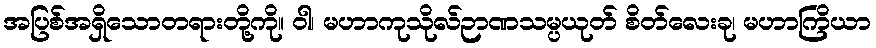
အပြစ်အရှိသောတရားတို့ကို။ ဝါ၊ မဟာကုသိုလ်ဉာဏသမ္ပယုတ် စိတ်လေးခု၊ မဟာကြိယာ